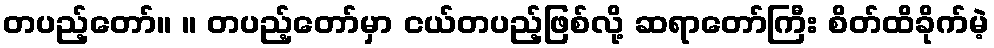
တပည့်တော်။ ။ တပည့်တော်မှာ ငယ်တပည့်ဖြစ်လို့ ဆရာတော်ကြီး စိတ်ထိခိုက်မဲ့